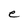
Character: e